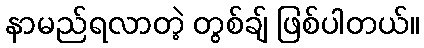
နာမည်ရလာတဲ့ တွစ်ချ် ဖြစ်ပါတယ်။